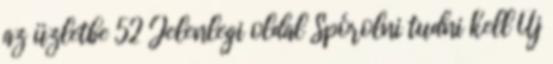
az üzletbe 52 Jelenlegi oldal Spórolni tudni kell Új